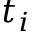
t _ { i }